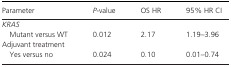
| Parameter | P‐value | OS HR | 95% HR CI |
 | --- | --- | --- | --- |
 | <COLSPAN=4> KRAS |
 | Mutant versus WT | 0.012 | 2.17 | 1.19–3.96 |
 | <COLSPAN=4> Adjuvant treatment |
 | Yes versus no | 0.024 | 0.10 | 0.01–0.74 |